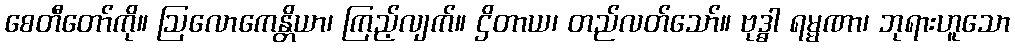
စေတီတော်ကို။ ဩလောကေန္တိယာ၊ ကြည့်လျက်။ ဌိတာယ၊ တည်လတ်သော်။ ဗုဒ္ဓါ ရမ္မဏာ၊ ဘုရားဟူသော